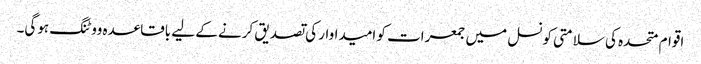
اقوام متحدہ کی سلامتی کونسل میں جمعرات کو امیداوار کی تصدیق کرنے کے لیے باقاعدہ ووٹنگ ہوگی۔